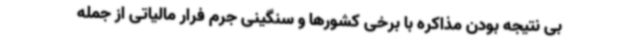
بی نتیجه بودن مذاکره با برخی کشورها و سنگینی جرم فرار مالیاتی از جمله